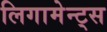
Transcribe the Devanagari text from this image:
लिगामेन्ट्स